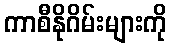
ကာစီနိုဂိမ်းများကို